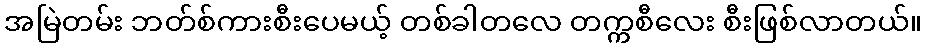
အမြဲတမ်း ဘတ်စ်ကားစီးပေမယ့် တစ်ခါတလေ တက္ကစီလေး စီးဖြစ်လာတယ်။